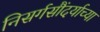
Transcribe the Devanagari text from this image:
निसर्गसौंदर्याच्या